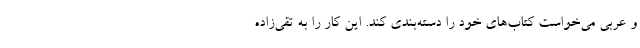
و عربی می‌خواست کتاب‌های خود را دسته‌بندی کند. این کار را به تقی‌زاده